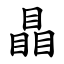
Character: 瞐